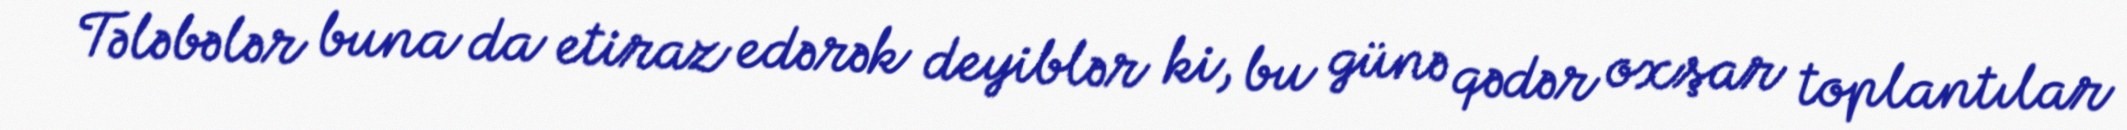
Tələbələr buna da etiraz edərək deyiblər ki, bu günə qədər oxşar toplantılar